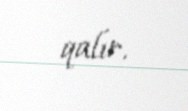
qalır.